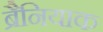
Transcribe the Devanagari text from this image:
ब्रैनियाक